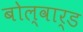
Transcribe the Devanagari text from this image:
बोल्वार्ड